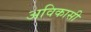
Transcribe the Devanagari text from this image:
अविकासी